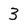
Character: 3